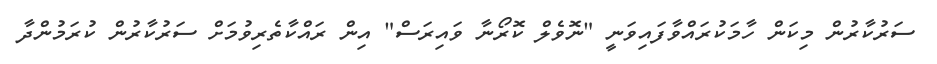
ސަރުކާރުން މިކަން ހާމަކުރައްވާފައިވަނީ "ނޮވެލް ކޮރޯނާ ވައިރަސް" އިން ރައްކާތެރިވުމަށް ސަރުކާރުން ކުރަމުންދާ